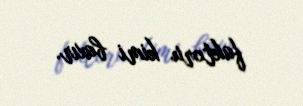
faktoru kimi baxır.